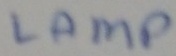
Text: LAMP